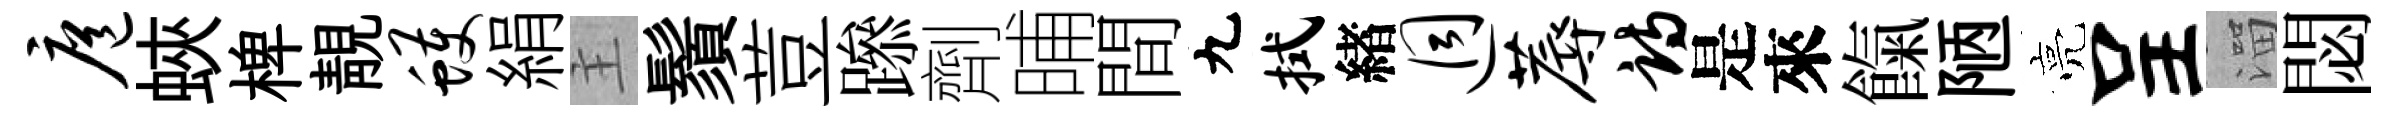
扈蛺椑靚蠖絹主鬚荳𨅶劑晡間九拭緖迥蓐诗是來餼陋亮呈溜閟